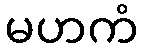
မဟကံ